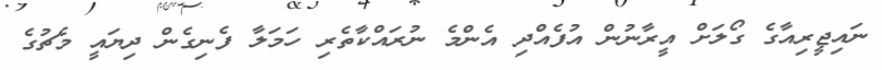
ނައިޖީރިއާގެ ގޯލަށް އީރާނުން އުފެއްދި އެންމެ ނުރައްކާތެރި ހަމަލާ ފެނިގެން ދިޔައީ މެޗުގެ